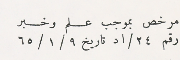
مرخص بموجب علم وخبر رقم ٢٤/اد تاريخ ٩/ ١/ ٦٥